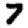
Digit: 7